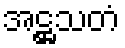
အဋ္ဌသတံ